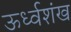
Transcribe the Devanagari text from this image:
ऊर्ध्वशंख